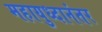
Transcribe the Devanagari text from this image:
महायुध्दानंतर